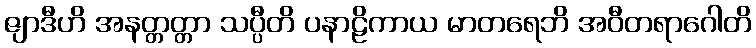
ဇျာဒီဟိ အနတ္တတ္တာ သပ္ပီတိ ပနာဠိကာယ မာတရေဘိ အဝီတရာဂေါတိ